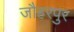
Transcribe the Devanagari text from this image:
जौहरपुर